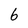
Character: 6